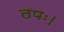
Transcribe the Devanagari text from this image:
तपः।